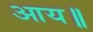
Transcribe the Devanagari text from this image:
आय॥